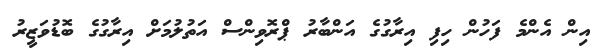
އިން އެންމެ ފަހުން ހިފި އިރާގުގެ އަންބާރު ޕްރޮވިންސް އަތުލުމަށް އިރާގުގެ ބޮޑުވަޒީރު